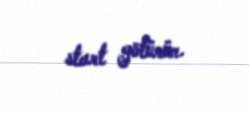
start götürür.